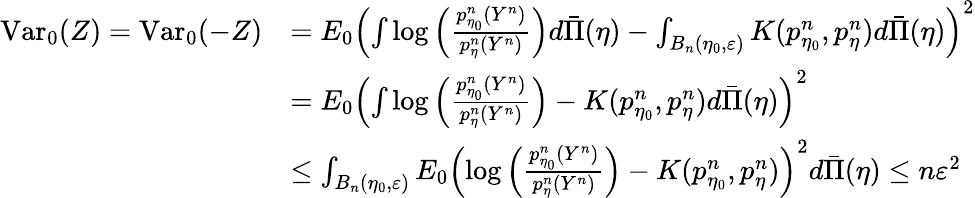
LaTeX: \begin{array}{rl}{\mathrm{Var}_{0}(Z)=\mathrm{Var}_{0}(-Z)}&{=E_{0}\left(\int\log\left(\frac{p_{\eta_{0}}^{n}(Y^{n})}{p_{\eta}^{n}(Y^{n})}\right)d\bar{\Pi}(\eta)-\int_{B_{n}(\eta_{0},\varepsilon)}K(p_{\eta_{0}}^{n},p_{\eta}^{n})d\bar{\Pi}(\eta)\right)^{2}}\\ &{=E_{0}\left(\int\log\left(\frac{p_{\eta_{0}}^{n}(Y^{n})}{p_{\eta}^{n}(Y^{n})}\right)-K(p_{\eta_{0}}^{n},p_{\eta}^{n})d\bar{\Pi}(\eta)\right)^{2}}\\ &{\leq\int_{B_{n}(\eta_{0},\varepsilon)}E_{0}\left(\log\left(\frac{p_{\eta_{0}}^{n}(Y^{n})}{p_{\eta}^{n}(Y^{n})}\right)-K(p_{\eta_{0}}^{n},p_{\eta}^{n})\right)^{2}d\bar{\Pi}(\eta)\leq n\varepsilon^{2}}\end{array}